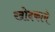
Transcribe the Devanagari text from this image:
खोदकामे